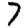
Digit: 7